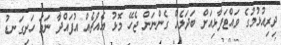
ދިރިއުޅުމުގެ ވައްޓަފާޅިއަށް ބަދަލެއް ގެންނަން ޖެހޭ މޮޅު އެއްޗެއް އުފައްދާ ނަމަ ހަށިގަނޑު